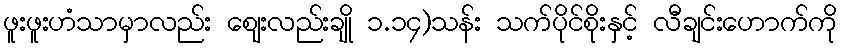
ဖူးဖူးဟံသာမှာလည်း ဈေးလည်းချို ၁.၁၄)သန်း သက်ပိုင်စိုးနှင့် လီချင်းဟောက်ကို